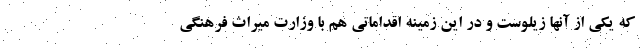
که یکی از آنها زیلوست و در این زمینه اقداماتی هم با وزارت میراث فرهنگی